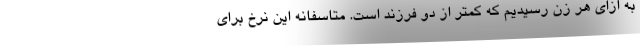
به ازای هر زن رسیدیم که کمتر از دو فرزند است. متاسفانه این نرخ برای